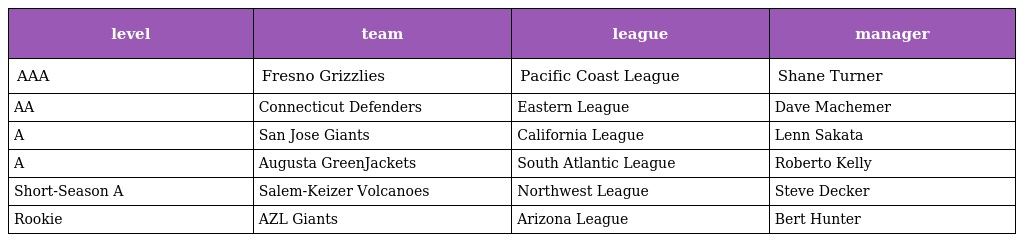
| level | team | league | manager |
 | --- | --- | --- | --- |
 | AAA | Fresno Grizzlies | Pacific Coast League | Shane Turner |
 | AA | Connecticut Defenders | Eastern League | Dave Machemer |
 | A | San Jose Giants | California League | Lenn Sakata |
 | A | Augusta GreenJackets | South Atlantic League | Roberto Kelly |
 | Short-Season A | Salem-Keizer Volcanoes | Northwest League | Steve Decker |
 | Rookie | AZL Giants | Arizona League | Bert Hunter |